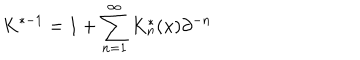
K ^ { * - 1 } = 1 + \sum _ { n = 1 } ^ { \infty } K _ { n } ^ { * } ( x ) \partial ^ { - n }